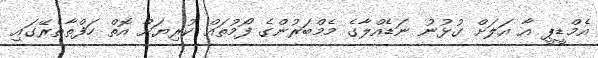
އެމްޑީޕީ އާ އަލަށް ގުޅުނު ނަޑެއްލާގެ މެމްބަރުންގެ ފޯމުތައް ކުރިޔަށް އޮތް ހަފްތާތެރޭގައި